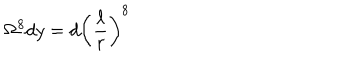
\Omega ^ { 8 } d y = d { \left( \frac { \ell } { r } \right) } ^ { 8 }